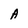
Character: A